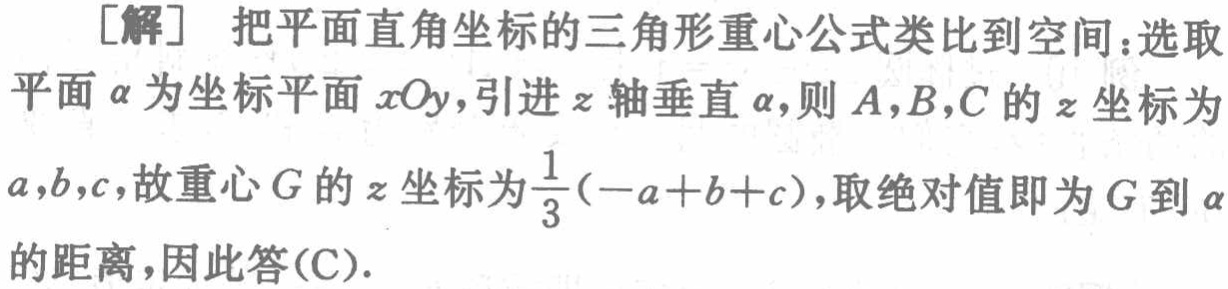
[解] 把平面直角坐标的三角形重心公式类比到空间：选取平面\(\alpha\)为坐标平面 \(xOy\)，引进 \(z\) 轴垂直 \(\alpha\)，则 \(A,B,C\) 的 \(z\) 坐标为\(a,b,c\)，故重心 \(G\) 的 \(z\) 坐标为\(\frac{1}{3}(-a + b + c)\)，取绝对值即为 \(G\) 到 \(\alpha\)的距离，因此答(C).